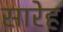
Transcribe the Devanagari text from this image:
सारेह